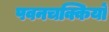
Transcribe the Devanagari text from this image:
पवनचक्कियों